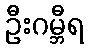
ဦးဂမ္ဘီရ